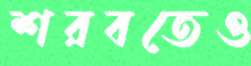
শরবতেও